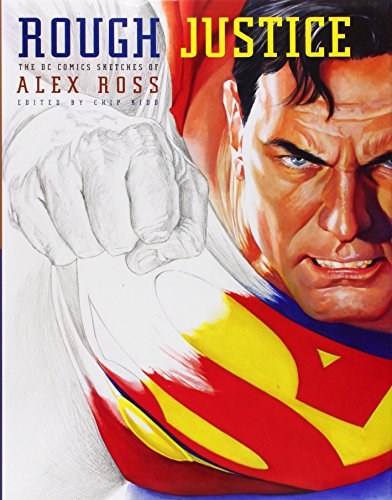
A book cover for Rough Justice: The DC Comics Sketches of Alex Ross; Alex Ross; Comics & Graphic Novels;